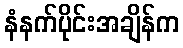
နံနက်ပိုင်းအချိန်က